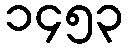
၁၄၅၃